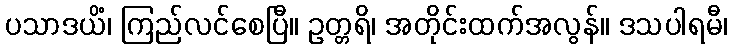
ပသာဒယိံ၊ ကြည်လင်စေပြီ။ ဥတ္တရိ၊ အတိုင်းထက်အလွန်။ ဒသပါရမီ၊